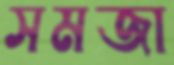
সমজা